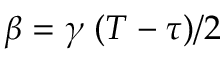
\beta = { \gamma \; ( T - \tau ) } / { 2 }